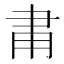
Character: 𬎾